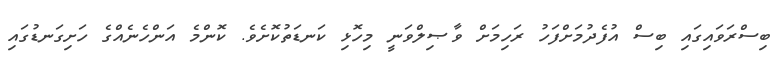
ބިސްރަވައިގައި ބިސް އުފެދުމަށްފަހު ރަހިމަށް ވާޞިލްވަނީ މިހޮޅި ކަނޑަތުކޮށެވެ. ކޮންމެ އަންހެނެއްގެ ހަށިގަނޑުގައި